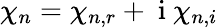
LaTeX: \chi_{n}=\chi_{n,r}+\mathrm{~i~}\chi_{n,i}